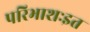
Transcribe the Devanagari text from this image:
परिभाशःइत